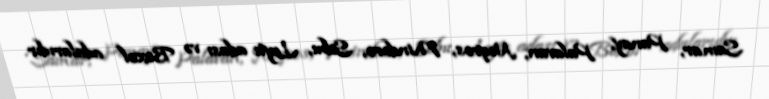
Samar, Panay, Palavan, Neqros, Mindoro, Sebu, Leyte adası və Boxol adalarıdır.